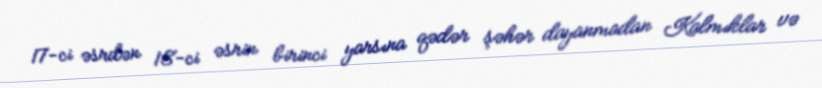
17-ci əsrdən 18-ci əsrin birinci yarsına qədər şəhər dayanmadan Kalmıklar və